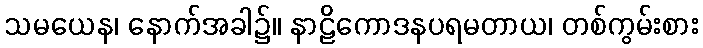
သမယေန၊ နောက်အခါ၌။ နာဠိကောဒနပရမတာယ၊ တစ်ကွမ်းစား